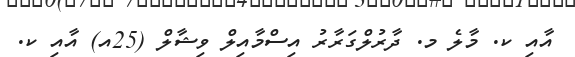
އާއި ކ. މާލެ މ. ދާރުލްގަރާރު އިސްމާއިލް ވިޝާލް (25އ) އާއި ކ.